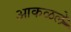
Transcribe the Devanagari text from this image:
आकळले